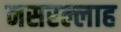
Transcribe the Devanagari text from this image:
नसरल्लाह